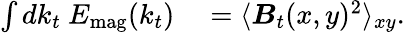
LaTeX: \begin{array}{rl}{\int dk_{t}\ E_{\mathrm{mag}}(k_{t})}&{{}=\langle\boldsymbol{B}_{t}(x,y)^{2}\rangle_{xy}.}\end{array}